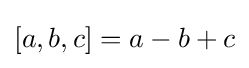
[a,b,c]=a-b+c